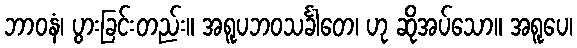
ဘာဝနံ၊ ပွားခြင်းတည်း။ အရူပဘဝသင်္ခါတေ၊ ဟု ဆိုအပ်သော။ အရူပေ၊